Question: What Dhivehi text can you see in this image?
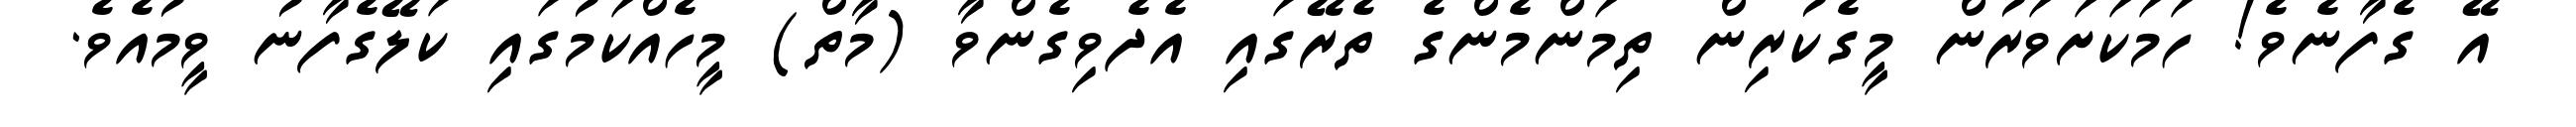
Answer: އޭ ގެފާނެވެ! ހަމަކަށަވަރުން މީގެކުރިން ތިމަންމެންގެ ތެރޭގައި އެދެވިގެންވާ (މާތް) މީހެއްކަމުގައި ކަލޭގެފާނު ވީމުއެވެ.